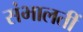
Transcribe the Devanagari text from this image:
संभालतीं